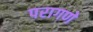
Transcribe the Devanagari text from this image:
परागणे